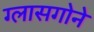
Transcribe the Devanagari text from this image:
ग्लासगोने